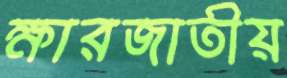
ক্ষারজাতীয়